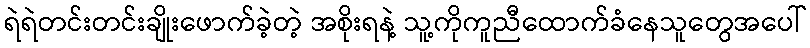
ရဲရဲတင်းတင်းချိုးဖောက်ခဲ့တဲ့ အစိုးရနဲ့ သူ့ကိုကူညီထောက်ခံနေသူတွေအပေါ်